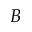
B